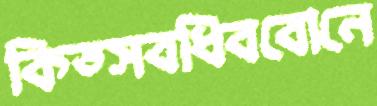
কিড্সবধিববোনে